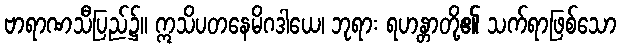
ဗာရာဏသီပြည်၌။ ဣသိပတနေမိဂဒါယေ၊ ဘုရား ရဟန္တာတို့၏ သက်ရာဖြစ်သော